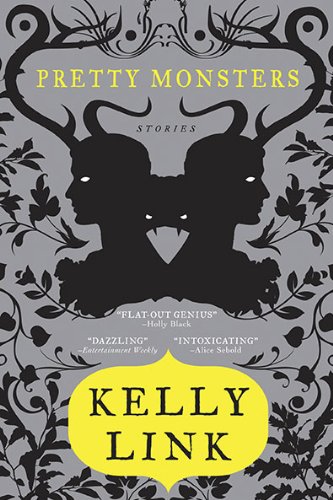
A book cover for Pretty Monsters; Kelly Link; Teen & Young Adult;